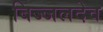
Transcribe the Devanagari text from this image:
बिज्जलदेव